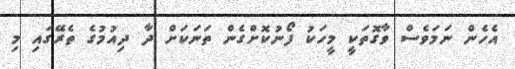
އެހެން ނަމަވެސް ވާގޮތަކީ މީހަކު ފޯނުކޮށްގެން ތަނަކަށް ދާ ދިއުމުގެ ތެރޭގައި މި